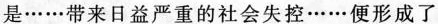
是……带来日益严重的社会失控……便形成了